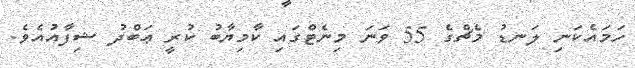
ހަމައެކަނި ލަނޑު މެޗްގެ 55 ވަނަ މިނެޓްގައި ކާމިޔާބު ކުރީ ޢަބްދު ޝިފާއުއެވެ.